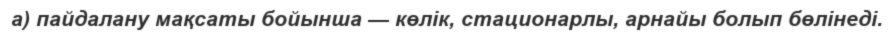
а) пайдалану мақсаты бойынша — көлік, стационарлы, арнайы болып бөлінеді.